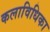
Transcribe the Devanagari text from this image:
कलाविधिका